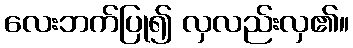
လေးဘက်ပြု၍ လှလည်းလှ၏။